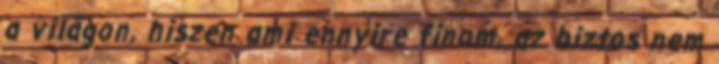
a világon, hiszen ami ennyire finom, az biztos nem